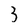
Character: 3